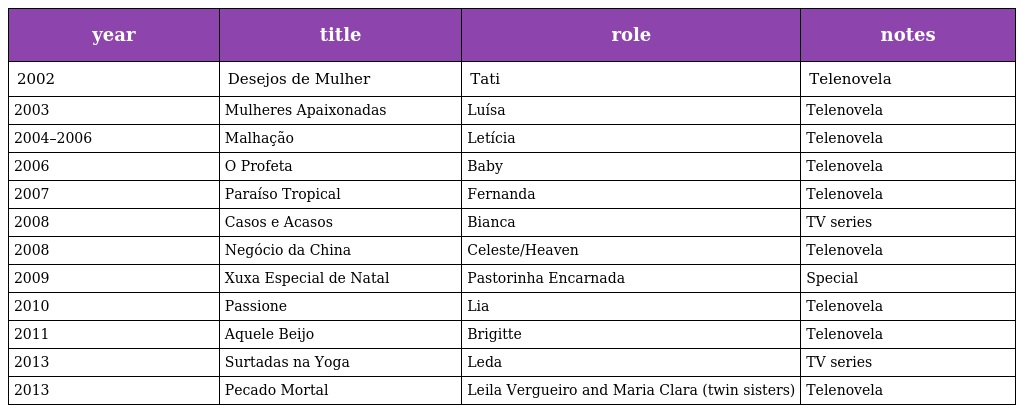
| year | title | role | notes |
 | --- | --- | --- | --- |
 | 2002 | Desejos de Mulher | Tati | Telenovela |
 | 2003 | Mulheres Apaixonadas | Luísa | Telenovela |
 | 2004–2006 | Malhação | Letícia | Telenovela |
 | 2006 | O Profeta | Baby | Telenovela |
 | 2007 | Paraíso Tropical | Fernanda | Telenovela |
 | 2008 | Casos e Acasos | Bianca | TV series |
 | 2008 | Negócio da China | Celeste/Heaven | Telenovela |
 | 2009 | Xuxa Especial de Natal | Pastorinha Encarnada | Special |
 | 2010 | Passione | Lia | Telenovela |
 | 2011 | Aquele Beijo | Brigitte | Telenovela |
 | 2013 | Surtadas na Yoga | Leda | TV series |
 | 2013 | Pecado Mortal | Leila Vergueiro and Maria Clara (twin sisters) | Telenovela |